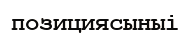
позициясыныі